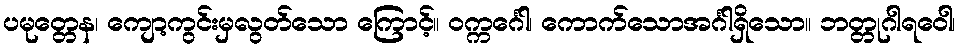
ပမုတ္တေန၊ ကျော့ကွင်းမှလွတ်သော ကြောင့်။ ဝက္ကင်္ဂေါ၊ ကောက်သောအင်္ဂါရှိသော။ ဘတ္တုဂါရဝေါ၊